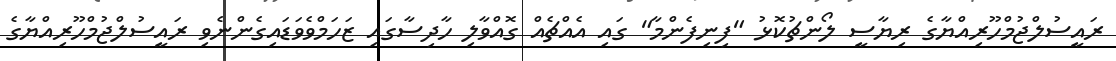
ރައީސުލްޖުމްހޫރިއްޔާގެ ރިޔާސީ ލޯންޗުކޮޅު "ފިނިފެންމާ" ގައި އެއްޗެއް ގޮއްވާލި ހާދިސާގައި ޒަހަމްވެވަޑައިގެންނެވި ރައީސުލްޖުމްހޫރިއްޔާގެ